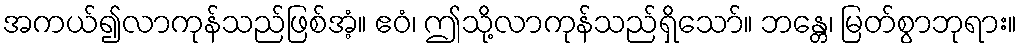
အကယ်၍လာကုန်သည်ဖြစ်အံ့။ ဧဝံ၊ ဤသို့လာကုန်သည်ရှိသော်။ ဘန္တေ၊ မြတ်စွာဘုရား။